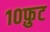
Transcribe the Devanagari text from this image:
१०फ़ुट